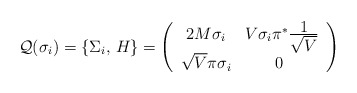
\begin{align*}{\cal Q}(\sigma_{i})=\{\Sigma_{i},\,H\}=\left( \begin{array}{cc}2M\sigma_{i}&V\sigma_{i}\pi^{*}\frac{\textstyle 1}{\textstyle \sqrt{V}}\\\sqrt{V}\pi\sigma_{i}&0~\end{array}\right)\end{align*}